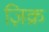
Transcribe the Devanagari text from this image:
ज़िक्र